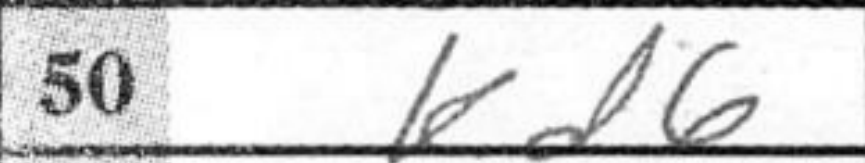
Transcription: Kd6